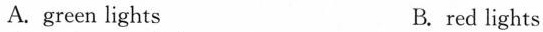
A.green lights B.red lights